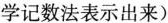
学记数法表示出来)